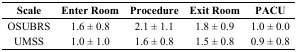
| Scale | Enter Room | Procedure | Exit Room | PACU |
 | --- | --- | --- | --- | --- |
 | OSUBRS | 1.6 ± 0.8 | 2.1 ± 1.1 | 1.8 ± 0.9 | 1.0 ± 0.0 |
 | UMSS | 1.0 ± 1.0 | 1.6 ± 0.8 | 1.5 ± 0.8 | 0.9 ± 0.8 |